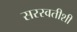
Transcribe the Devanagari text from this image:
सरस्वतीशी